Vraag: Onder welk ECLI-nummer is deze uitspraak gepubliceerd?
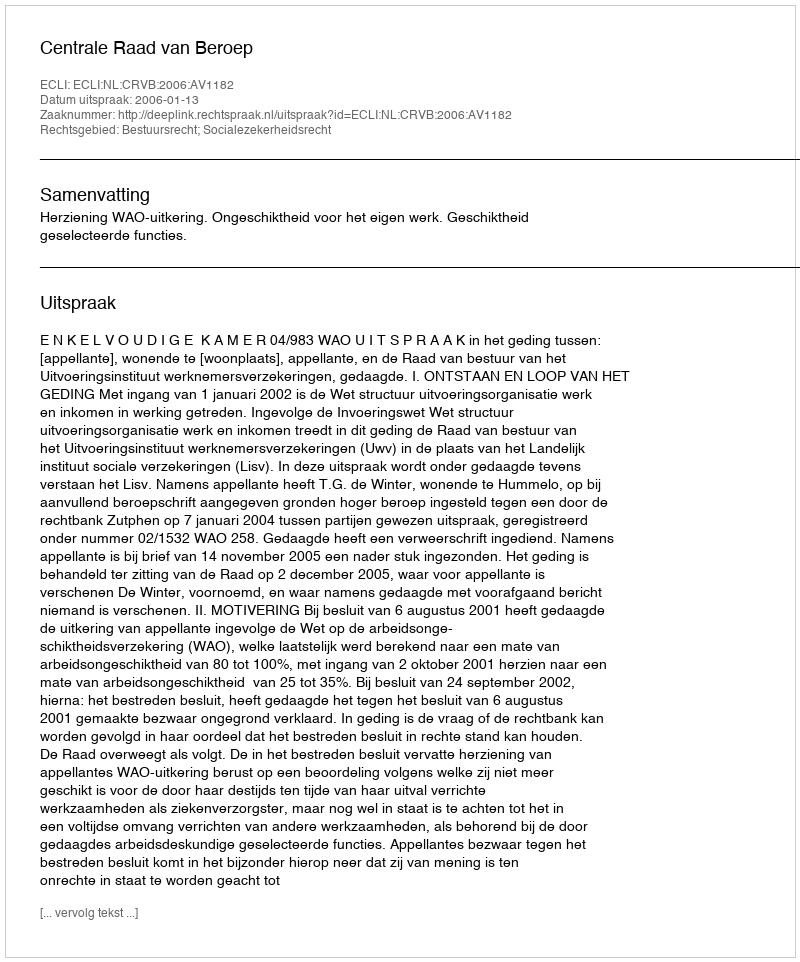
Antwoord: ECLI:NL:CRVB:2006:AV1182